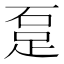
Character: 𨀂